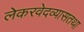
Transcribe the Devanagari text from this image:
लेकरवेदव्यासतथा